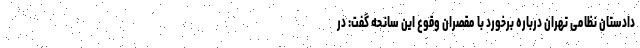
دادستان نظامی تهران درباره برخورد با مقصران وقوع این سانحه گفت: در